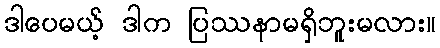
ဒါပေမယ့် ဒါက ပြဿနာမရှိဘူးမလား။